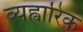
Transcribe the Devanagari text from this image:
व्यह्वारिक